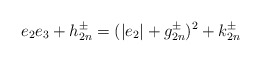
\begin{align*}e_2 e_3+h_{2n}^\pm= (|e_2|+g_{2n}^\pm)^2+k^\pm_{2n}\end{align*}